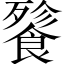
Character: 餮